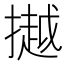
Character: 𢵼